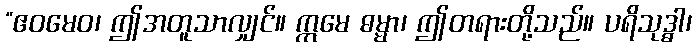
“ဧဝမေဝ၊ ဤအတူသာလျှင်။ ဣမေ ဓမ္မာ၊ ဤတရားတို့သည်။ ပရိသုဒ္ဓါ၊